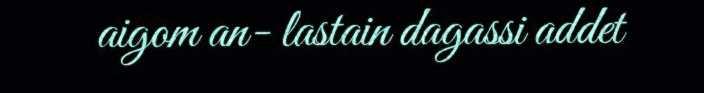
aigom an- lastain dagassi addet